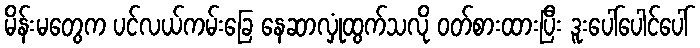
မိန်းမတွေက ပင်လယ်ကမ်းခြေ နေဆာလှုံထွက်သလို ဝတ်စားထားပြီး ဒူးပေါ်ပေါင်ပေါ်